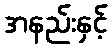
အနည်းနှင့်